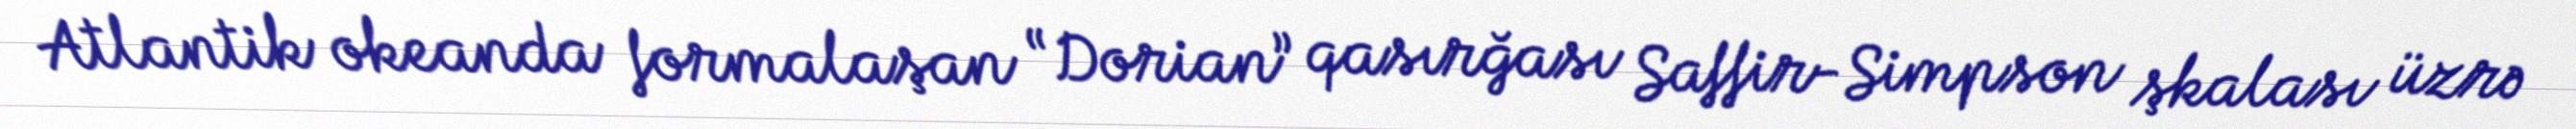
Atlantik okeanda formalaşan “Dorian” qasırğası Saffir-Simpson şkalası üzrə